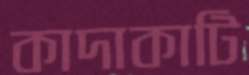
কাদাকাটি